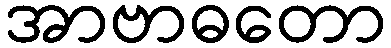
အာဗာဓတော